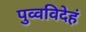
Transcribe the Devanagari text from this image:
पुव्वविदेहं